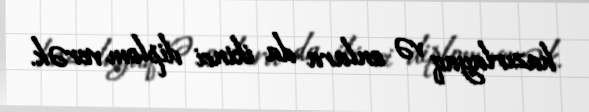
hazırlayaq və onlara da ikinci diplom verək.